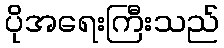
ပိုအရေးကြီးသည်